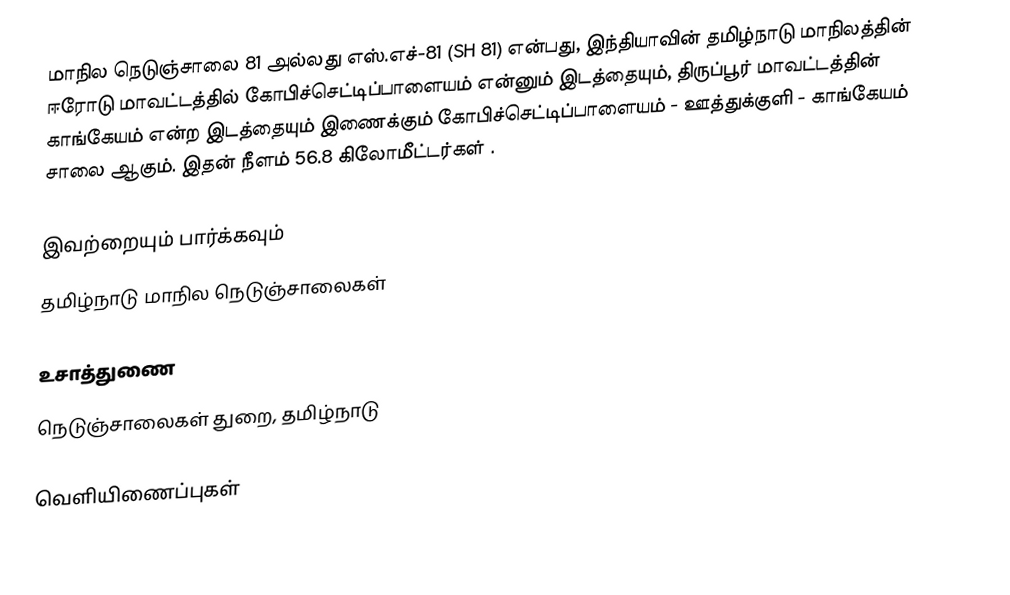
மாநில நெடுஞ்சாலை 81 அல்லது எஸ்.எச்-81 (SH 81) என்பது, இந்தியாவின் தமிழ்நாடு மாநிலத்தின் ஈரோடு மாவட்டத்தில் கோபிச்செட்டிப்பாளையம் என்னும் இடத்தையும், திருப்பூர் மாவட்டத்தின் காங்கேயம் என்ற இடத்தையும் இணைக்கும் கோபிச்செட்டிப்பாளையம் - ஊத்துக்குளி - காங்கேயம் சாலை ஆகும். இதன் நீளம் 56.8  கிலோமீட்டர்கள் .

இவற்றையும் பார்க்கவும்
 தமிழ்நாடு மாநில நெடுஞ்சாலைகள்

உசாத்துணை
 நெடுஞ்சாலைகள் துறை, தமிழ்நாடு

வெளியிணைப்புகள்